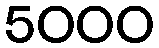
5000